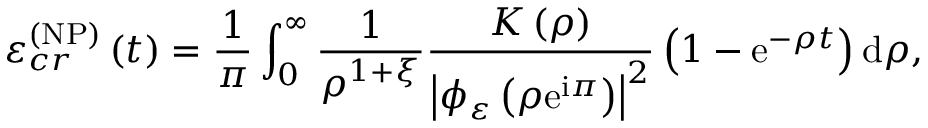
\varepsilon _ { c r } ^ { \left( \mathrm { N P } \right) } \left( t \right) = \frac { 1 } { \pi } \int _ { 0 } ^ { \infty } \frac { 1 } { \rho ^ { 1 + \xi } } \frac { K \left( \rho \right) } { \left\vert \phi _ { \varepsilon } \left( \rho \mathrm { e } ^ { \mathrm { i } \pi } \right) \right\vert ^ { 2 } } \left( 1 - \mathrm { e } ^ { - \rho t } \right) \mathrm { d } \rho ,